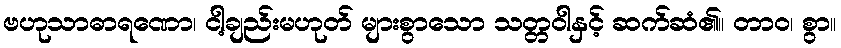
ဗဟုသာဓာရဏော၊ ငါ့ချည်းမဟုတ် များစွာသော သတ္တဝါနှင့် ဆက်ဆံ၏။ တာဝ၊ စွာ။